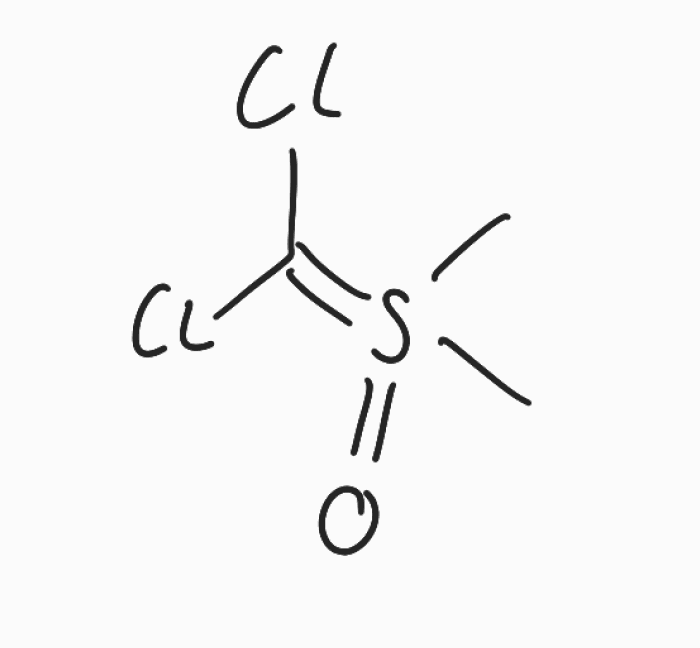
Simplified molecular-input line-entry system (SMILES) notation of the given molecule:
CS(=C(Cl)Cl)(=O)C